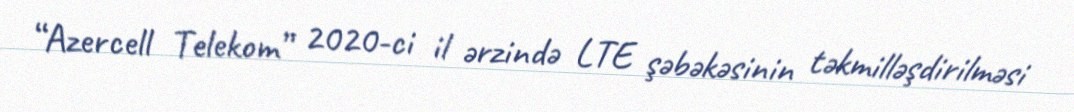
“Azercell Telekom” 2020-ci il ərzində LTE şəbəkəsinin təkmilləşdirilməsi